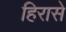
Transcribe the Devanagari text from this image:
हिरासे